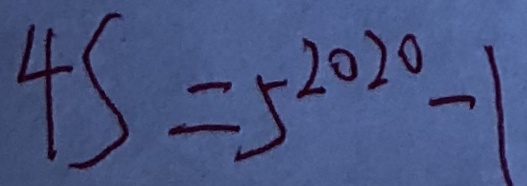
4 S = 5 ^ { 2 0 2 0 } - 1